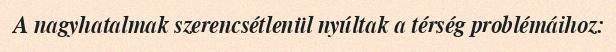
A nagyhatalmak szerencsétlenül nyúltak a térség problémáihoz: